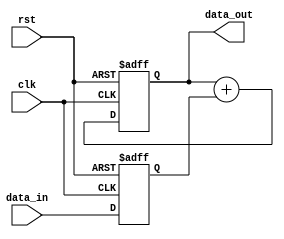
module pipeline_accumulator (
    input wire clk,
    input wire rst,
    input wire [7:0] data_in,
    output reg [15:0] data_out
);

reg [7:0] intermediate_data;
reg [15:0] accumulator;

always @ (posedge clk or posedge rst) begin
    if (rst) begin
        intermediate_data <= 8'h00;
        accumulator <= 16'h0000;
    end else begin
        intermediate_data <= data_in;
        accumulator <= accumulator + intermediate_data;
    end
end

assign data_out = accumulator;

endmodule